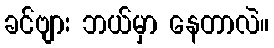
ခင်ဗျား ဘယ်မှာ နေတာလဲ။